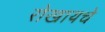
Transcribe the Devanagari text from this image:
रोखायचे